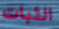
الثبات